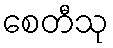
စေတီသု